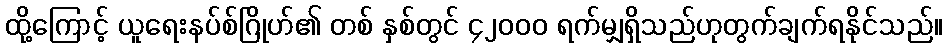
ထို့ကြောင့် ယူရေးနပ်စ်ဂြိုဟ်၏ တစ် နှစ်တွင် ၄၂၀၀၀ ရက်မျှရှိသည်ဟုတွက်ချက်ရနိုင်သည်။